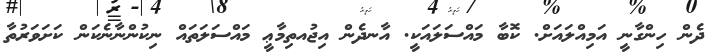
ދެން ހިންގާނީ އަމިއްލައަށް. ކޮބާ މައްސަލައަކީ. އާނދެން އިޖުއތިމާޢީ މައްސަލަތައް ނިކުންނާނެކަން ކަށަވަރުތާ